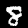
Label: 8